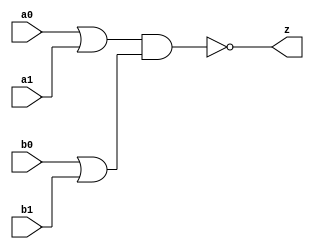
//#############################################################################
//# Function: Or-And-Inverter (oai22) Gate                                    #
//# Copyright: OH Project Authors. ALl rights Reserved.                       #
//# License:  MIT (see LICENSE file in OH repository)                         #
//#############################################################################

module asic_oai22 #(parameter PROP = "DEFAULT")   (
    input  a0,
    input  a1,
    input  b0,
    input  b1,
    output z
    );

   assign z = ~((a0 | a1) & (b0 | b1));

endmodule